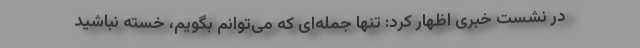
در نشست خبری اظهار کرد: تنها جمله‌ای که می‌توانم بگویم، خسته نباشید